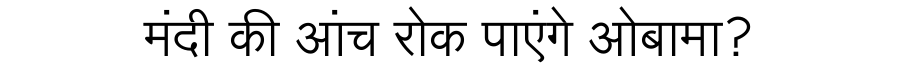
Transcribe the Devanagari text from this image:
मंदी की आंच रोक पाएंगे ओबामा?